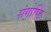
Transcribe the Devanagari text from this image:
संगोष्टि